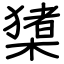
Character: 橥